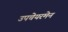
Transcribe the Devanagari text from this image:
उपचेयरमेन